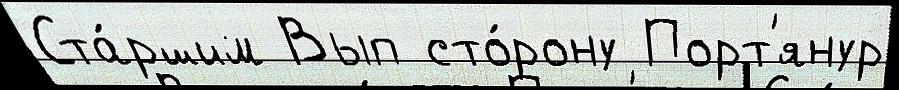
Ста́ршим Вып сто́рону Порт'янур